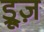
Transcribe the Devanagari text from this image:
ड्रूज़